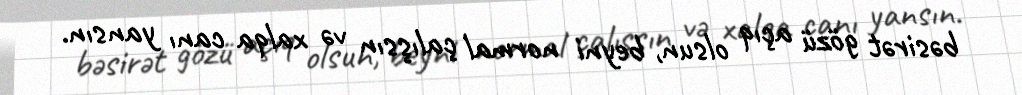
bəsirət gözü açıq olsun, beyni normal çalışsın və xalqa canı yansın.